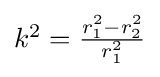
{\textstyle k^{2}={\frac {r_{1}^{2}-r_{2}^{2}}{r_{1}^{2}}}}